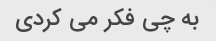
به چی فکر می کردی